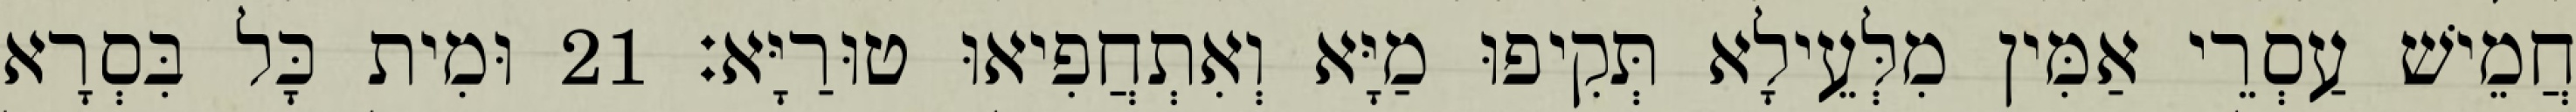
חֲמֵישׁ עַסְרֵי אַמִּין מִלְּעֵילָא תְּקִיפוּ מַיָּא וְאִתְחֲפִיאוּ טוּרַיָּא׃ 21 וּמִית כָּל בִּסְרָא